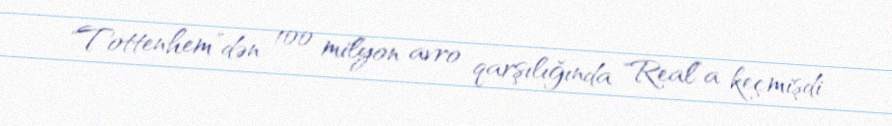
"Tottenhem”dən 100 milyon avro qarşılığında "Real”a keçmişdi.